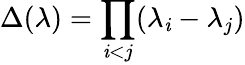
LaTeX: \Delta(\lambda)=\prod_{\mathit{i}<j}(\lambda_{\mathit{i}}-\lambda_{j})